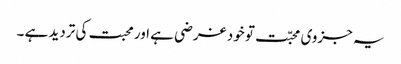
یہ جزوی محبّت تو خود غرضی ہے اور محبت کی تردید ہے ۔